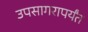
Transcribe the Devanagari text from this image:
उपसागरापर्यंत